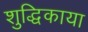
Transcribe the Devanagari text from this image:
शुद्धिकाया